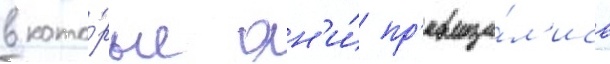
в кото́рые он'и́ пр'евраща́л'ись